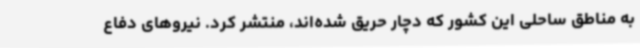
به مناطق ساحلی این کشور که دچار حریق شده‌اند، منتشر کرد. نیروهای دفاع